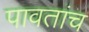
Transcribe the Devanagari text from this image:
पावतांच